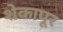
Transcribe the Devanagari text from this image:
शेकापूर